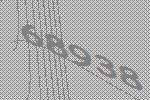
68938